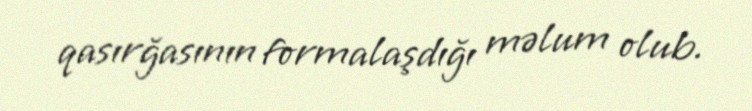
qasırğasının formalaşdığı məlum olub.